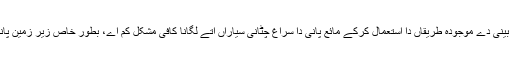
بہرحال فلکی طیف بینی دے موجودہ طریقاں دا استعمال کرکے مائع پانی دا سراغ چٹانی سیاراں اُتے لگانا کافی مشکل کم اے، بطور خاص زیر زمین پانے دے بارے وچ ۔